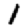
Digit: 1